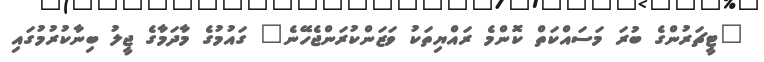
"ޓީޗަރުންގެ ބުރަ މަސައްކަތް ކޮންމެ ރައްޔިތަކު ވަޒަންކުރަންޖެހޭނެ" ގައުމުގެ މާދަމާގެ ޖީލު ބިނާކުރުމުގައި